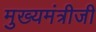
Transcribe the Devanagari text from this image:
मुख्यमंत्रीजी